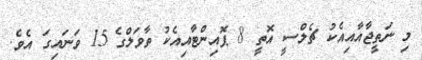
މި ނަތީޖާއާއިއެކު ޗެލްސީ އޮތީ 8 ޕޮއިންޓާއިއެކު ތާވަލްގެ 15 ވަަނައިގަ އެވެ.